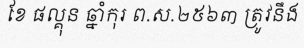
ខែ ផល្គុន ឆ្នាំកុរ ព.ស.២៥៦៣ ត្រូវនឹង